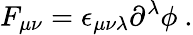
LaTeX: F_{\mu\nu}=\epsilon_{\mu\nu\lambda}\partial^{\lambda}\phi~.